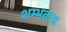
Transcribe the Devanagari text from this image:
शम्भवाय